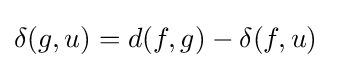
\delta (g,u)=d(f,g)-\delta (f,u)\quad